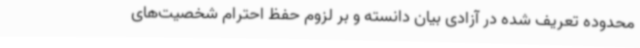
محدوده تعریف شده در آزادی بیان دانسته و بر لزوم حفظ احترام شخصیت‌های